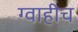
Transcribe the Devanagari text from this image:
ग्वाहीच